Annual report on the health of the army in India
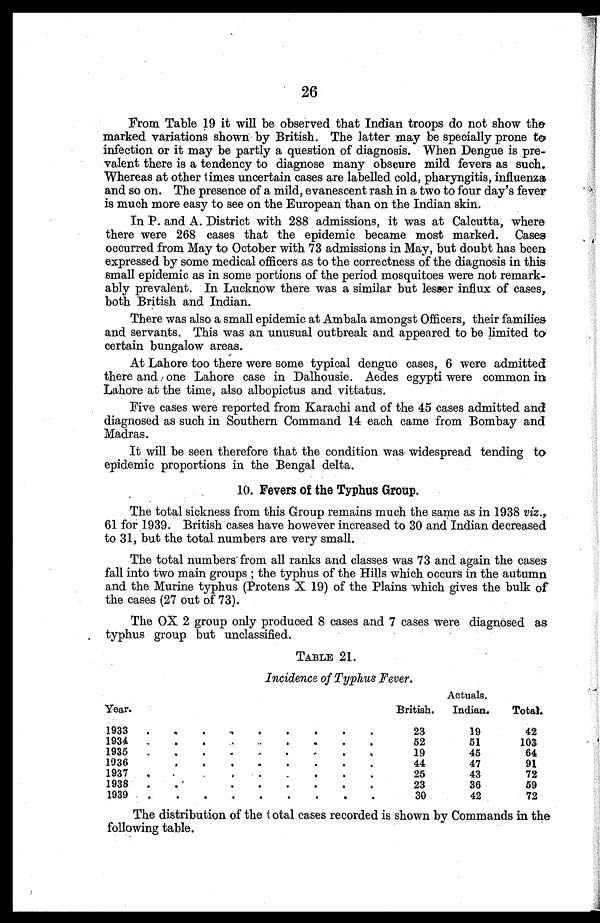
26
From Table 19 it will be observed that Indian troops do not show the
marked variations shown by British. The latter may be specially prone to
infection or it may be partly a question of diagnosis. When Dengue is pre
valent there is a tendency to diagnose many obscure mild fevers as such.
Whereas at other times uncertain cases are labelled cold, pharyngitis, influenza
and so on. The presence of a mild, evanescent rash in a two to four day's fever
is much more easy to see on the European than on the Indian skin.
In P. and A. District with 288 admissions, it was at Calcutta, where
there were 268 cases that the epidemic became most marked. Cases
occurred from May to October with 73 admissions in May, but doubt has been
expressed by some medical officers as to the correctness of the diagnosis in this
small epidemic as in some portions of the period mosquitoes were not remark
ably prevalent. In Lucknow there was a similar but lesser influx of cases,
both British and Indian.
There was also a small epidemic at Ambala amongst Officers, their families
and servants. This was an unusual outbreak and appeared to be limited to
certain bungalow areas.
At Lahore too there were some typical dengue cases, 6 were admitted
there and one Lahore case in Dalhousie. Aedes egypti were common in
Lahore at the time, also albopictus and vittatus.
Five cases were reported from Karachi and of the 45 cases admitted and
diagnosed as such in Southern Command 14 each came from Bombay and
Madras.
It will be seen therefore that the condition was widespread tending to
epidemic proportions in the Bengal delta.
10. Fevers of the Typhus Group.
The total sickness from this Group remains much the same as in 1938 viz .,
61 for 1939. British cases have however increased to 30 and Indian decreased
to 31, but the total numbers are very small.
The total numbers from all ranks and classes was 73 and again the cases
fall into two main groups ; the typhus of the Hills which occurs in the autumn
and the Murine typhus (Protens X 19) of the Plains which gives the bulk of
the cases (27 out of 73).
The OX 2 group only produced 8 cases and 7 cases were diagnosed as
typhus group but unclassified.
TABLE 21.
Incidence of Typhus Fever.
Year.
Actuals.
British.
Indian.
Total.
1933
.
. .
.
.
.
.
.
.
23
19
42
1934
.
. .
.
.
.
.
.
.
52
51
103
193
.
. .
.
.
.
.
.
.
19
45
64
1936
.
.
.
.
.
.
.
.
.
44
47
91
1937
.
.
.
.
.
.
.
.
.
25
43
72
1938
.
.
.
.
.
.
.
.
.
23
36
59
1939
.
. .
.
.
.
.
.
.
30
42
72
The distribution of the total cases recorded is shown by Commands in the
following table.